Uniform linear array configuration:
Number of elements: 12
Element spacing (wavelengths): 0.75
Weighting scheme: exponential
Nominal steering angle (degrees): -15
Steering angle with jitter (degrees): -13.846
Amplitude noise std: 0.05
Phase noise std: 0.05

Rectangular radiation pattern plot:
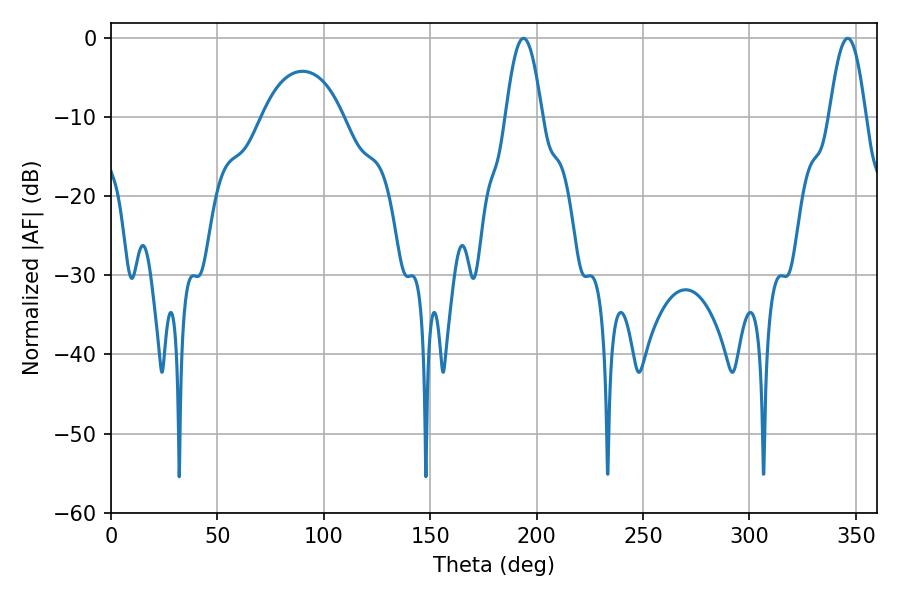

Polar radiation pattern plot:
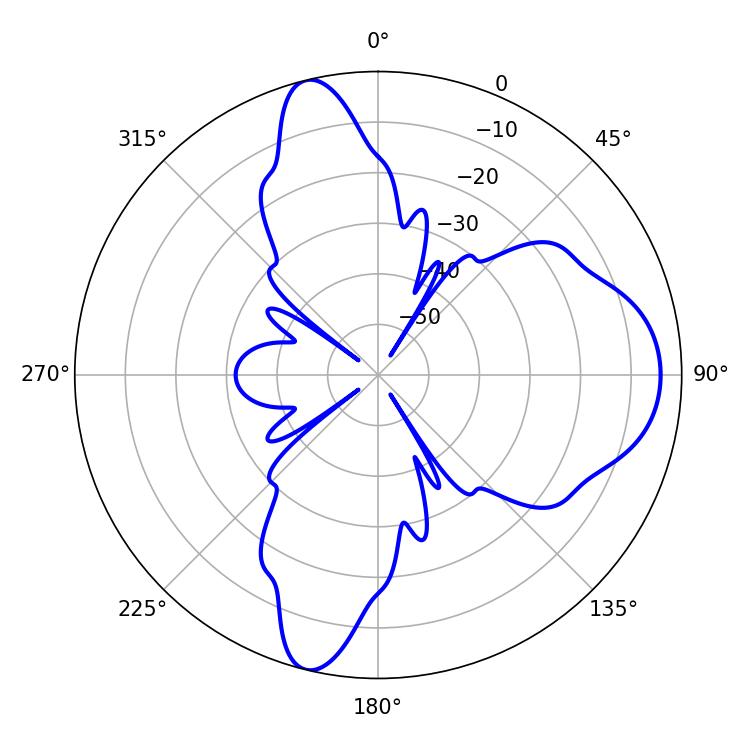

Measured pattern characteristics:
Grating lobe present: TRUE
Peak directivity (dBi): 12.328
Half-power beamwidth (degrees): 9.36
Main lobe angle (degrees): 193.86